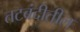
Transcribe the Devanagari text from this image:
तटबंदीतील